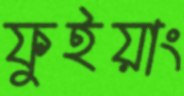
ফুইয়াং